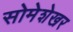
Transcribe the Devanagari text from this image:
सोमेशेखर